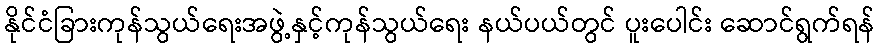
နိုင်ငံခြားကုန်သွယ်ရေးအဖွဲ့နှင့်ကုန်သွယ်ရေး နယ်ပယ်တွင် ပူးပေါင်း ဆောင်ရွက်ရန်